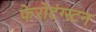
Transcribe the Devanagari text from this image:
फेरोटंग्स्टन